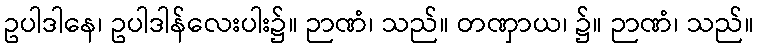
ဥပါဒါနေ၊ ဥပါဒါန်လေးပါး၌။ ဉာဏံ၊ သည်။ တဏှာယ၊ ၌။ ဉာဏံ၊ သည်။